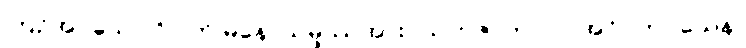
ကြဉ်အပ်သော ဝိပါတ် မနောသမ္ဖဿအား။ သဟဇာတ။ ပ။ အဝိဂတဝသေန၊